Medical and sanitary report of the native army of Madras for the year
Year: 1876
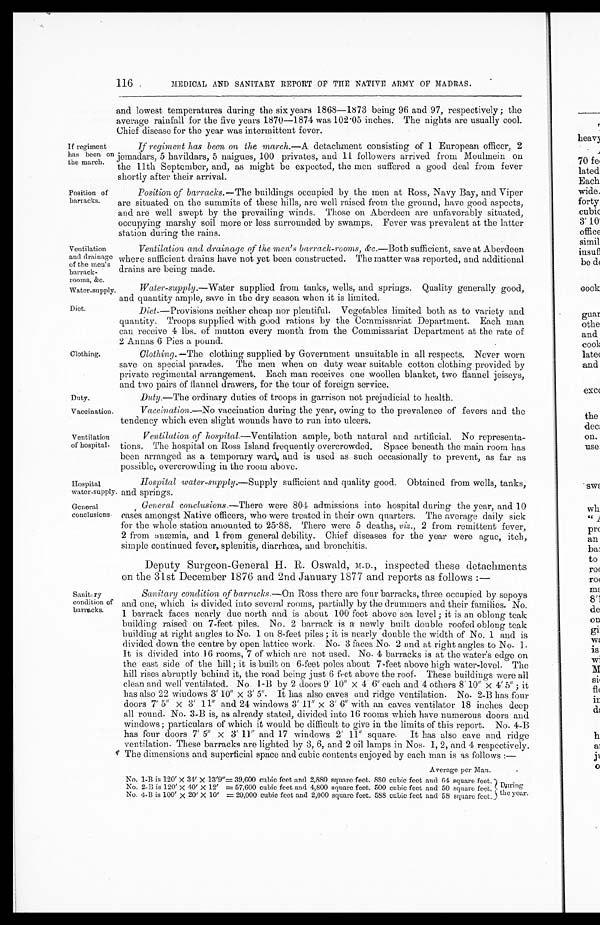
Ventilation
and drainage
of the men's
barrack
-rooms, &c.
Water-supply.
Diet.
Duty.
Vaccination.
Hospital
water-supply.
General
conclusions.
116
MEDICAL AND SANITARY REPORT OF THE NATIVE ARMY OF MADRAS.
and lowest temperatures during the six years 1868—1873 being 96 and 97, respectively; the
average rainfall for the five years 1870—1874 was 102.05 inches. The nights are usually cool.
Chief disease for the year was intermittent fever.
If regiment
has been on
the march.
If regiment has been on the march.—A detachment consisting of 1 European officer, 2
jemadars, 5 havildars, 5 naigues, 100 privates, and 11 followers arrived from Moulmein on
the 11th September, and, as might be expected, the men suffered a good deal from fever
shortly after their arrival.
Position of
barracks.
Clothing.
Position of barracks.— The buildings occupied by the men at Ross, Navy Bay, and Viper
are situated on the summits of these hills, are well raised from the ground, have good aspects,
and are well swept by the prevailing winds. Those on Aberdeen are unfavorably situated,
occupying marshy soil more or less surrounded by swamps. Fever was prevalent at the latter
station during the rains.
Ventilation and drainage of the men's barrack-rooms, &c. —Both sufficient, save at Aberdeen
where sufficient drains have not yet been constructed. The, matter was reported, and additional
drains are being made.
Water-supply.— Water supplied from tanks, wells, and springs. Quality generally good,
and quantity ample, save in the dry season when it is limited.
Diet.—Provisions neither cheap nor plentiful. Vegetables limited both as to variety and
quantity. Troops supplied with good rations by the Commissariat Department. Each man
can receive 4 lbs. of mutton every month from the Commissariat Department at the rate of
2 Annas 6 Pies a pound.
Clothing.—The clothing supplied by Government unsuitable in all respects. Never worn
save on special parades. The men when on duty wear suitable cotton clothing provided by
private regimental arrangement. Each man receives one woollen blanket, two flannel jeiseys,
and two pairs of flannel drawers, for the tour of foreign service.
Duty.— The ordinary duties of troops in garrison not prejudicial to health.
Vaccination.— No vaccination during the year, owing to the prevalence of fevers and the
tendency which even slight wounds have to run into ulcers.
Ventilation
of hospital.
Ventilation of hospital .—Ventilation ample,. both natural and artificial. No representa
-tions. The hospital on Ross Island frequently overcrowded. Space beneath the main room has
been arranged as a temporary ward, and is used as such occasionally to prevent, as far as
possible, overcrowding in the room above.
Sanitary
condition of
barracks.
Hospital water-supply.— Supply sufficient and quality good. Obtained from wells, tanks,
and springs.
General conclusions.— There were 804 admissions into hospital during the year, and 10
eases amongst Native officers, who `were treated in their own quarters. The average daily sick
for the whole station amounted to 25.88. There were 5 deaths, viz., 2 from remittent fever,
2 from anæmia, and 1 from general debility. Chief diseases for the year were ague, itch,
simple continued fever, splenitis, diarrhœa, and bronchitis.
Deputy Surgeon-General H. R. Oswald, M.D., inspected these detachments
on the 31st December 1876 and 2nd January 1877 and reports as follows:—
Sanitary condition of barracks.— On Ross there are four barracks, three occupied by sepoys
and one, which is divided into several rooms, partially by the drummers and their families. No.
1 barrack faces nearly due north and is about 100 feet above sea level; it is an oblong teak
building raised on 7-feet piles. No. 2 barrack is a newly built double roofed oblong teak
building at right angles to No. 1 on 8-feet piles; it is nearly double the width of No. 1 and is
divided down the centre by open lattice work. No. 3 faces No. 2 and at right angles to No. 1.
It is divided into 16 rooms, 7 of which are not used. No. 4 barracks is at the water's edge on
the east side of the hill; it is built on 6-feet poles about 7-feet above high water-level. The
hill rises abruptly behind it, the road being just 6 feet above the roof. These buildings were all
clean and well ventilated. No. 1-B by 2 doors 9' 10" × 4' 6" each and 4 others 8' 10" × 4 ' 5 " ; i t
has also 22 windows 3' 10" × 3' 5". It has also eaves and ridge ventilation. No. 2-B has four
doors 7' 5" × 3' 11" and 24 windows 3' 11" × 3' 6" with an caves ventilator 18 inches deep
all round. No. 3-B is, as already stated, divided into 16 rooms which have numerous doors and
windows; particulars of which it would be difficult to give in the limits of this report. No. 4-B
has four doors 7' 5" × 3' 11" and 17 windows 2' 11" square. It has also cave and ridge
ventilation. These barracks are lighted by 3, 6, and 2 oil lamps in Nos. 1, 2, and 4 respectively.
The dimensions and superficial space and cubic contents enjoyed by each man is as follows:—
Average per Man.
No. 1-B is 120' × 34' × 13'9"= 39,600 cubic feet and 2,880 square feet. 880 cubic feet and 64 square feet.
No. 2-B is 120' × 40' × 12' = 57,600 cubic feet and 4,800 square feet. 500 cubic feet and 50 square feet.
No. 4-B is 100' × 20' × 10' = 20,000 cubic feet and 2,000 square feet. 588 cubic feet and 58 square feet.
During
the year.